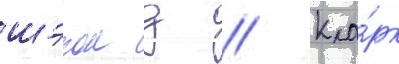
шэрон д // Кла́рк